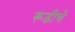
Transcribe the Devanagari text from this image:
रूढीचे